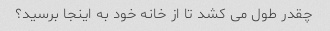
چقدر طول می کشد تا از خانه خود به اینجا برسید؟